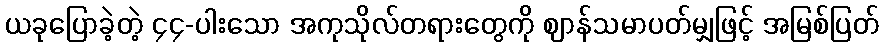
ယခုပြောခဲ့တဲ့ ၄၄-ပါးသော အကုသိုလ်တရားတွေကို ဈာန်သမာပတ်မျှဖြင့် အမြစ်ပြတ်